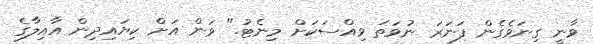
ވާނީ ގިނަވެގެން ފަނަރަ ނުވަތަ ވިއްސަކަށް މިނެޓު." ވަން އަށް ކިޔައިދިން އާއިލާގެ